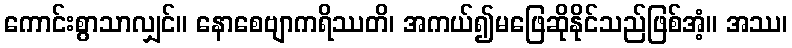
ကောင်းစွာသာလျှင်။ နောစေဗျာကရိဿတိ၊ အကယ်၍မဖြေဆိုနိုင်သည်ဖြစ်အံ့။ အဿ၊